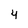
Character: 4